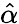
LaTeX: \hat{\alpha}